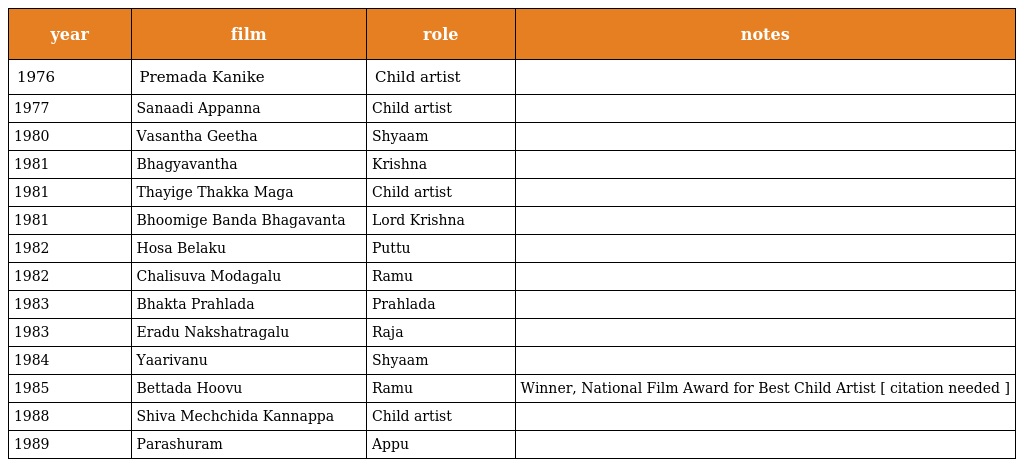
| year | film | role | notes |
 | --- | --- | --- | --- |
 | 1976 | Premada Kanike | Child artist |  |
 | 1977 | Sanaadi Appanna | Child artist |  |
 | 1980 | Vasantha Geetha | Shyaam |  |
 | 1981 | Bhagyavantha | Krishna |  |
 | 1981 | Thayige Thakka Maga | Child artist |  |
 | 1981 | Bhoomige Banda Bhagavanta | Lord Krishna |  |
 | 1982 | Hosa Belaku | Puttu |  |
 | 1982 | Chalisuva Modagalu | Ramu |  |
 | 1983 | Bhakta Prahlada | Prahlada |  |
 | 1983 | Eradu Nakshatragalu | Raja |  |
 | 1984 | Yaarivanu | Shyaam |  |
 | 1985 | Bettada Hoovu | Ramu | Winner, National Film Award for Best Child Artist [ citation needed ] |
 | 1988 | Shiva Mechchida Kannappa | Child artist |  |
 | 1989 | Parashuram | Appu |  |